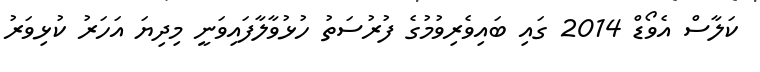
ކަލާސް އެވޯޑް 2014 ގައި ބައިވެރިވުމުގެ ފުރުސަތު ހުޅުވާލާފައިވަނީ މިދިޔަ އަހަރު ކުޅިވަރު